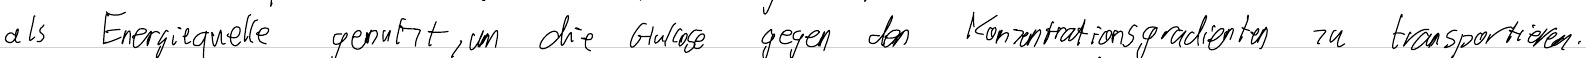
als Energiequelle genutzt, um die Glukose gegen den Konzentrationsgradienten zu transportieren.